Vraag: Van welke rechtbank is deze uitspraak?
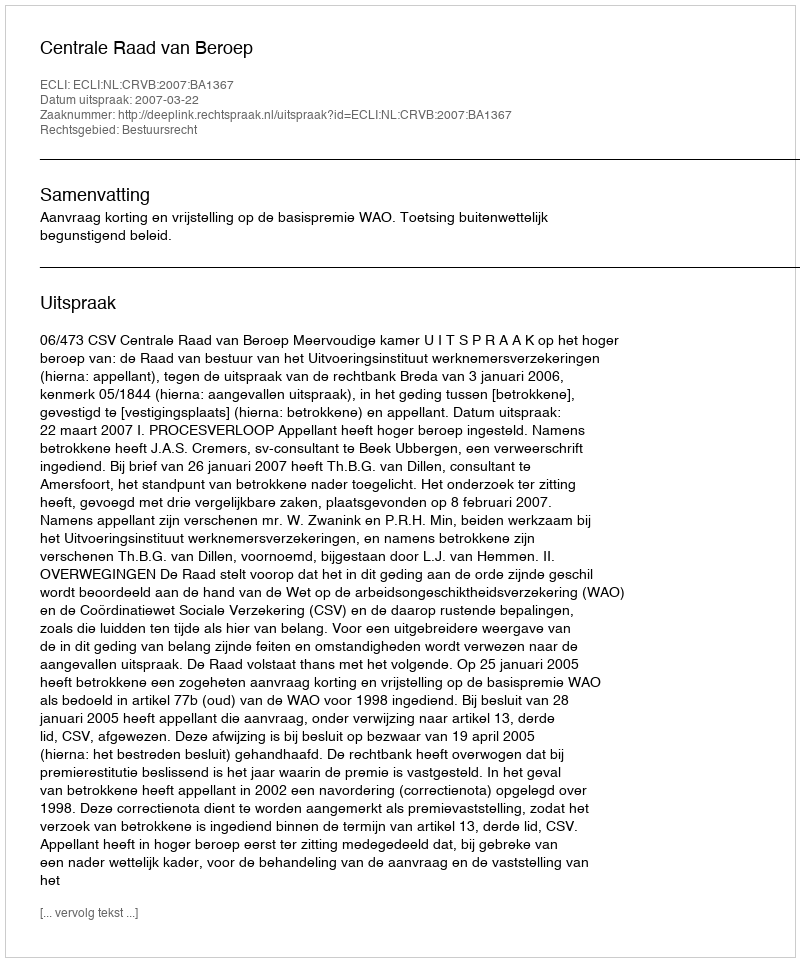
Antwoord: Centrale Raad van Beroep